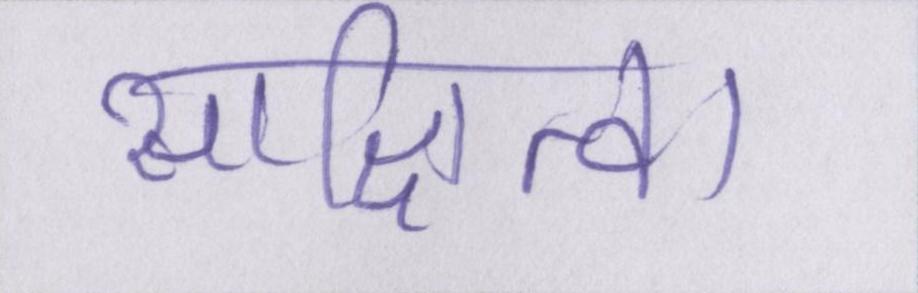
साक्षित्व।